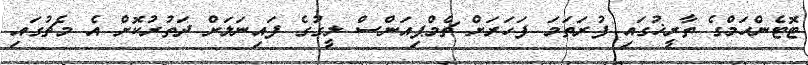
ޓޮޓެންހަމްގެ ތާރީޚުގައި ފުރަތަމަ ފަހަރަށް ޗެމްޕިއަންސް ލީގުގެ ފައިނަލަށް ދަތުރުކޮށް އެ މެޗުގައި